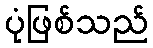
ပုံဖြစ်သည်